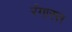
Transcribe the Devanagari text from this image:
रंगास्त